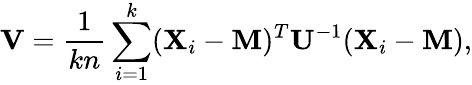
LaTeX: \mathbf{V}={\frac{1}{kn}}\sum_{i=1}^{k}(\mathbf{X}_{i}-\mathbf{M})^{T}\mathbf{U}^{-1}(\mathbf{X}_{i}-\mathbf{M}),